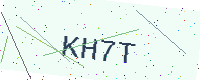
Text: KH7T